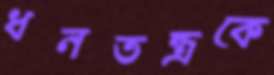
ধনতন্ত্রকে